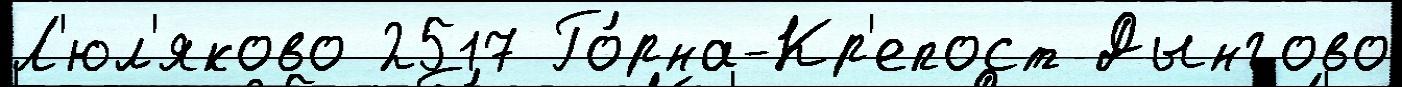
Л'юл'яково 2517 Го́рна-Кр'епост Дынгово